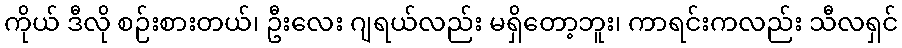
ကိုယ် ဒီလို စဉ်းစားတယ်၊ ဦးလေး ဂျရယ်လည်း မရှိတော့ဘူး၊ ကာရင်းကလည်း သီလရှင်